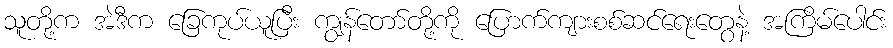
သူတို့က အဲဒီက ခြေကုပ်ယူပြီး ကျွန်တော်တို့ကို ပြောက်ကျားစစ်ဆင်ရေးတွေနဲ့ အကြိမ်ပေါင်း